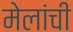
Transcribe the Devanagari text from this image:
मेलांची